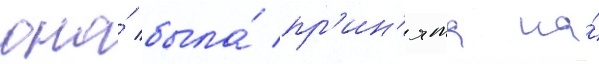
она́ была́ пр'ин'ята на́